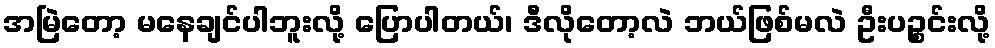
အမြဲတော့ မနေချင်ပါဘူးလို့ ပြောပါတယ်၊ ဒီလိုတော့လဲ ဘယ်ဖြစ်မလဲ ဦးပဉ္စင်းလို့